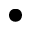
\bullet